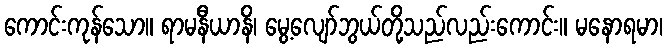
ကောင်းကုန်သော။ ရာမနီယာနိ၊ မွေ့လျော်ဘွယ်တို့သည်လည်းကောင်း။ မနောရမာ၊